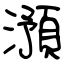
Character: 澦